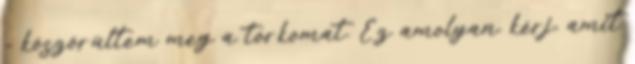
- köszörültem meg a torkomat. Ez amolyan. kérj, amit